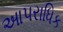
આપરાધિક